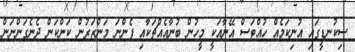
ސިކުނޑީގައި އުނިކަމެއް ހުއްޓަސް އޭނާއަކީ މީހުން ބުނާއެއްޗަކާއި ފެންނަ މަންޒަރުން ކަންކަން ދެނެގަންނަން